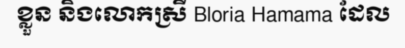
ខ្លួន និងលោកស្រី Bloria Hamama ដែល